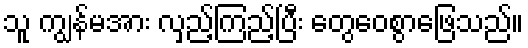
သူ ကျွန်မအား လှည့်ကြည့်ပြီး တွေဝေစွာဖြေသည်။